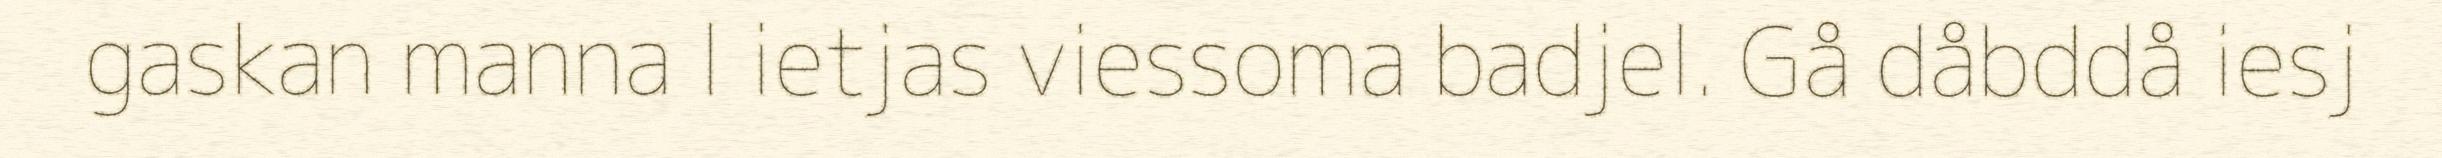
gaskan manna l ietjas viessoma badjel. Gå dåbddå iesj